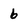
Character: 6